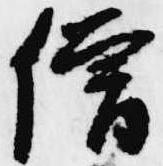
僧